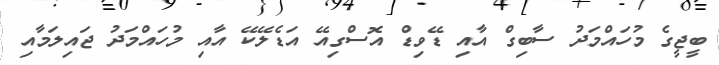
ބީޖީގެ މުހައްމަދު ސާބިގް އާއި ޑޭވިޑް އޮސްގިއޭ އަޑެލޭކޭ އާއި މުހައްމަދު ޖައިލަމާއި